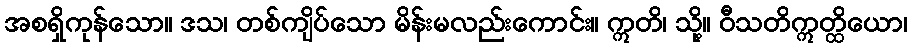
အစရှိကုန်သော။ ဒသ၊ တစ်ကျိပ်သော မိန်းမလည်းကောင်း။ ဣတိ၊ သို့။ ဝီသတိဣတ္ထိယော၊